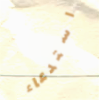
استدعاء